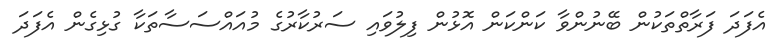
އެފަދަ ފަރާތްތަކުން ބޭނުންވާ ކަންކަން އޮޅުން ފިލުވައި ސަރުކާރުގެ މުއައްސަސާތަކާ ގުޅިގެން އެފަދަ